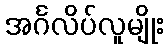
အင်္ဂလိပ်လူမျိုး